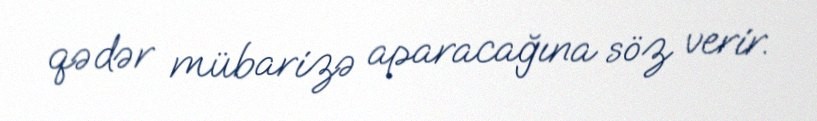
qədər mübarizə aparacağına söz verir.